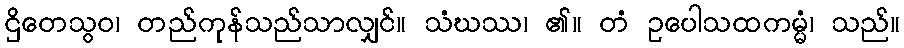
ဌိတေသွဝ၊ တည်ကုန်သည်သာလျှင်။ သံဃဿ၊ ၏။ တံ ဥပေါသထကမ္မံ၊ သည်။